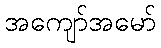
အကျော်အမော်